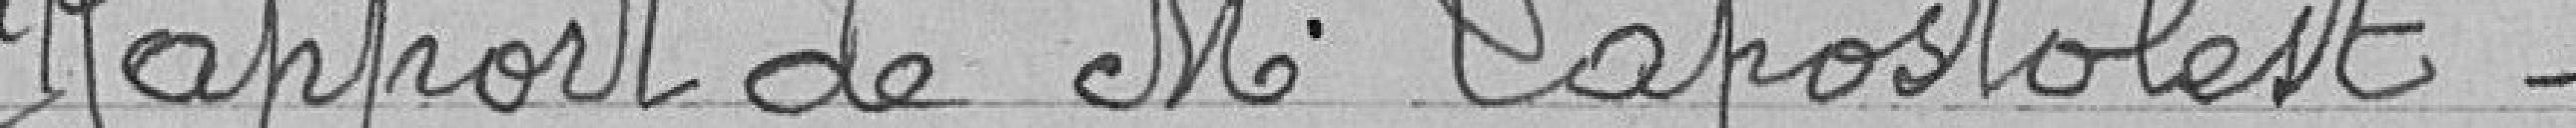
Rapport de Monsieur Lapostolest -